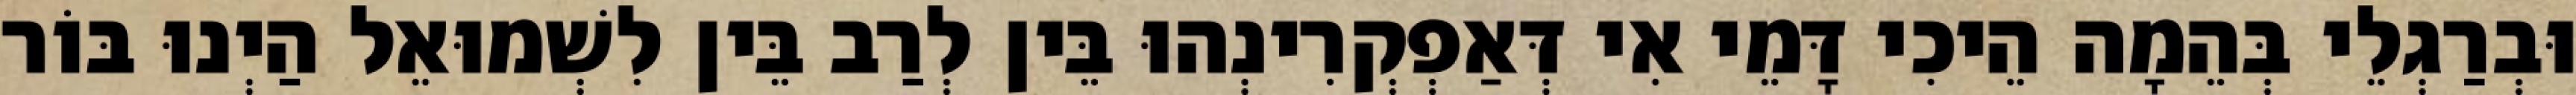
וּבְרַגְלֵי בְּהֵמָה הֵיכִי דָּמֵי אִי דְּאַפְקְרִינְהוּ בֵּין לְרַב בֵּין לִשְׁמוּאֵל הַיְנוּ בּוֹר